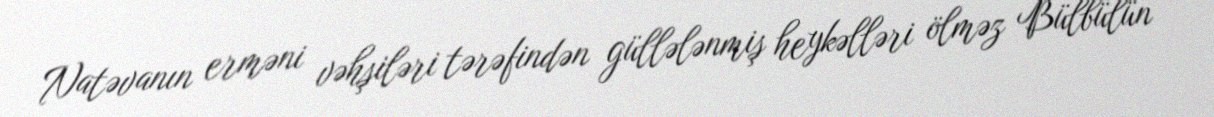
Natəvanın erməni vəhşiləri tərəfindən güllələnmiş heykəlləri ölməz Bülbülün